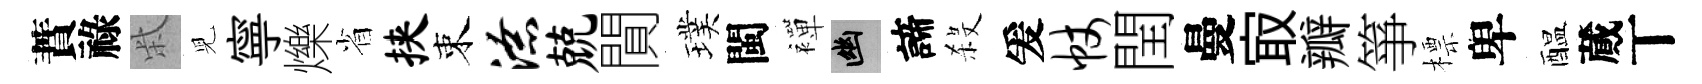
蕡祿柴児寧爍省挟束潦兢閴璞閩襌幽諦殺爰帐閏曼㝡瓣箏標卑醖蕆丅